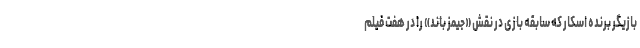
بازیگر برنده اسکار که سابقه بازی در نقش «جیمز باند» را در هفت فیلم